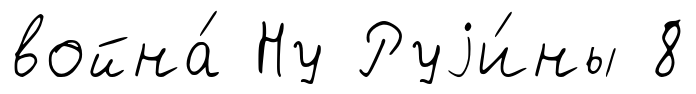
война́ Ну Руjи́ны 8